Madras plague regulations in force outside the Presidency town - Volume 7
Disease focus: Plague
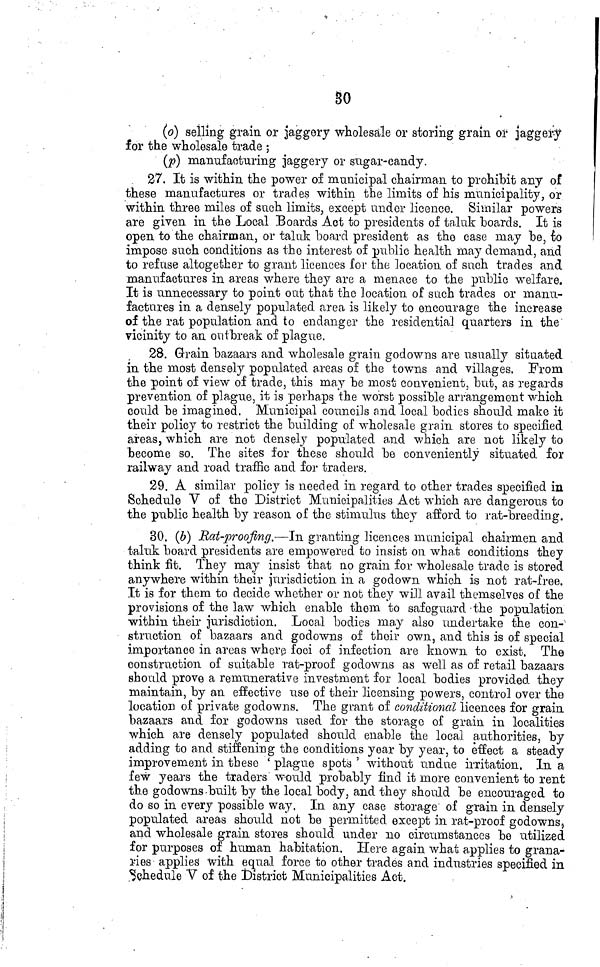
30
(o] selling grain or jaggery wholesale or storing grain or jaggery
for the wholesale trade ;
(p) manufacturing jaggery or stigar-eandy.
27. It is within the power of municipal chairman to prohibit any of
these manufactures or trades within the limits of his municipality, or
within three miles of such limits, except under licence. Similar powers
are given in the Local Boards Act to presidents of taluk hoards. It is
open to the chairman, or taluk hoard president as the case may he, io
impose such conditions as the interest of public health may demand, and
to refuse altogether to grant licences for the location of such trades and
manufactures in areas where they arc a menace to the public welfare.
It is unnecessary to point out that the locfition of s ach trades or nmnu-
factures in a densely populated area is likely to encourage the increase
of the rat population and to endanger the residential quarters in the
vicinity to an outbreak of plague.
28. Grain bazaars and wholesale grain godowns are usually situated
in the most densely populated a.reas of the towns and villages. From
the point of view of trade, this may be most convenient, but, as regards
prevention of plague, it is perhaps the worst possible arrangement which
could be imagined. Municipal councils and local bodies should make it
their policy to restrict the building of wholesale grain stores to specified
areas, which are not densely populated and which are not likely to
become so. The sites for these should be conveniently situated for
railway and road traffic and for traders.
29. A similar policy is needed in regard to other trades specified in
Schedule V of the District Municipalities Act which are dangerous to
the public health by reason of the stimulus they afford to rat-breeding.
30. (6) Rat-prooßng.—In granting licences municipal chairmen and
taluk board presidents are empowered to insist on what conditions they
think fit. They may insist that no grain for wholesale trade is stored
anywhere within their jurisdiction in a godown which is not rat-free.
It is for them to decide whether or not they will avail themselves of the
provisions of the law which enable them to safeguard -the population
within their jurisdiction. Local bodies may also undertake the con-
struction of bazaars and godowns of their own, and this is of special
importance in areas where foci of infection are known to exist. The
construction of suitable rat-proof godowns as well as of retail bazaars
should prove a remunerative investment for local bodies provided they
maintain, by an effective use of their licensing powers, control over the
location of private godowns. The grant of conditional licences for grain
bazaars and for godowns used for the storage of grain in localities
which are densely populated should enable the local authorities, by
adding to and stiffening the conditions year by year, to effect a steady
improvement in these ' plague spots ' without undue irritation. In a
few years the traders would probably find it more convenient to rent
the godowns-built by the local body, and they should be encouraged to
do so in every possible way. In any case storage of grain in densely
populated areas should not be permitted except in rat-proof godowns,
and wholesale grain stores should under no circumstances be utilized
for purposes of human habitation. Here again what applies to grana-
r-ies applies with ecjual force to other trades and industries specified in
Schedule V of the District Municipalities Act.